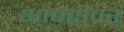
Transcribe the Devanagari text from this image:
भावरीवर